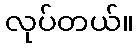
လုပ်တယ်။